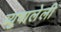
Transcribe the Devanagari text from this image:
ब्युवालेली